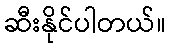
ဆီးနိုင်ပါတယ်။